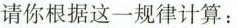
请你根据这一规律计算：